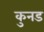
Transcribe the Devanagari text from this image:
कुनड